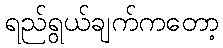
ရည်ရွယ်ချက်ကတော့